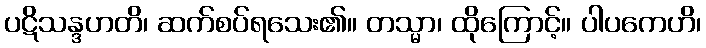
ပဋိသန္ဒဟတိ၊ ဆက်စပ်ရသေး၏။ တသ္မာ၊ ထိုကြောင့်။ ပါပကေဟိ၊